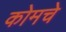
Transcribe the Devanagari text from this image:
कोमचे